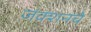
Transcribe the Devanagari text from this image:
जंक्शनचे